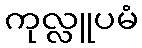
ကုလ္လူပမံ